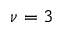
\nu = 3